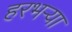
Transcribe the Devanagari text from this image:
हरभऱ्या